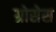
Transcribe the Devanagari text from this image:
ग्रोसेस